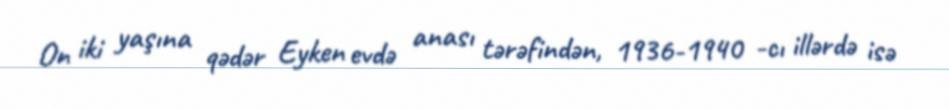
On iki yaşına qədər Eyken evdə anası tərəfindən, 1936-1940 -cı illərdə isə